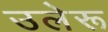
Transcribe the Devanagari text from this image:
उलेरू